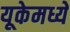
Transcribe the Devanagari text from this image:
यूकेमध्ये